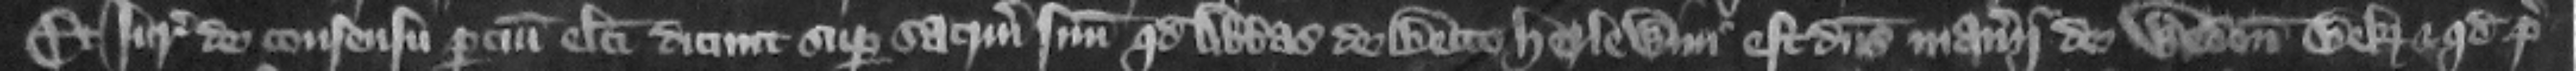
Et iuratores de consensu parcium electi dicunt super sacramentum suum quod abbas de Becco Herlewini est dominus maneri de Wedon Bek et quod pre